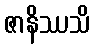
ဇာနိဿသိ